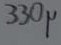
Text: 330µ